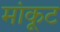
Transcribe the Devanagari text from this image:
मांकूट